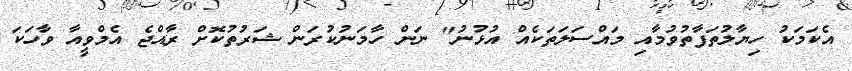
އެކަމަކު ހިޔާލުތަފާތުވުމާއި މައްސަލަތަކެއް އުޅުނު" ނަން ހާމަނުކުރަން ޝަރުތުކޮށް ރާއްޖެ އެމްވީއާ ވާހަކަ